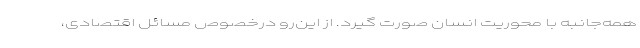
همه‌جانبه با محوریت انسان صورت گیرد. از این‌رو درخصوص مسائل اقتصادی،